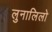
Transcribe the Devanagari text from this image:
लुनालिलो